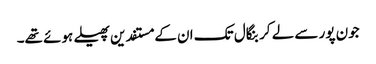
جون پور سے لے کر بنگال تک ان کے مستفدین پھیلے ہوئے تھے۔